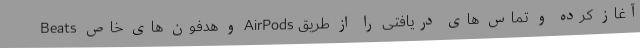
آغاز کرده و تماس های دریافتی را از طریق AirPods و هدفون های خاص Beats